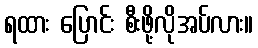
ရထား ပြောင်း စီးဖို့လိုအပ်လား။